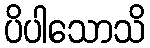
ပိပါသောသိ